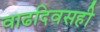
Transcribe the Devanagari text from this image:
वाढदिवसही